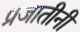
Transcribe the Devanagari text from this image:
प्रजातीनी